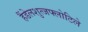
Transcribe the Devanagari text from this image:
हैंडेलशुत्जफ्लोटिले